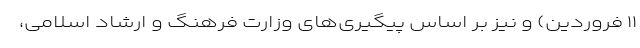
۱۱ فروردین) و نیز بر اساس پیگیری‌های وزارت فرهنگ و ارشاد اسلامی،